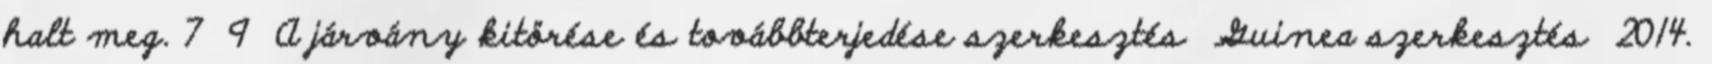
halt meg. 7 9 A járvány kitörése és továbbterjedése szerkesztés Guinea szerkesztés 2014.